Account of plague administration in the Bombay Presidency from September 1896 till May 1897
Year: 1896
Disease focus: Plague
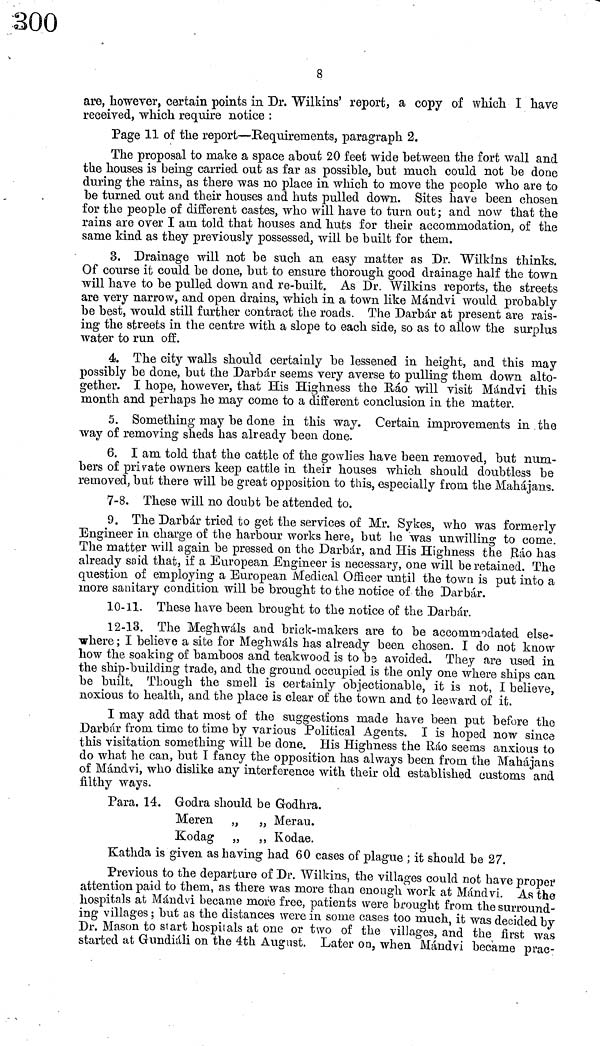
8
are, however, certain points in Dr. Wilkins' report, a copy of which I have
received, which require notice :
Page 11 of the report—Requirements, paragraph 2.
The proposal to make a space ahout 20 feet wide between the fort wall and
the houses is being carried out as far as possible, but much could not be done
during the rains, as there was no place in which to move the people who are to
be turned out and their houses and huts pulled down. Sites have been chosen
for the people of different castes, who will have to turn out; and now that the
rains are over I am told that houses and huts for their accommodation, of the
same kind as they previously possessed, will be built for them.
3. Drainage will not be such an easy matter as Dr. Wilkins thinks.
Of course it could be done, but to ensure thorough good drainage half the town
will have to be pulled down and re-built. As Dr. Wilkins reports, the streets
are very narrow, and open drains, which in a town like Mándvi would probably
be best, would still further contract the roads. The Darbár at present are rais-
ing the streets in the centre with a slope to each side, so as to allow the surplus
water to run off.
4. The city walls should certainly be lessened in height, and this may
possibly be done, but the Darbár seems very averse to pulling them down alto-
gether. I hope, however, that His Highness the Rao will visit Mándvi this
month and perhaps he may come to a different conclusion in the matter.
5. Something may be done in this way. Certain improvements in the
way of removing sheds has already been done.
6. I am told that the cattle of the gowlies have been removed, but num-
bers of private owners keep cattle in their houses which should doubtless be
removed, but there will be great opposition to this, especially from the Mahájans.
7-8. These will no doubt be attended to.
9. The Darbár tried to get the services of Mr. Sykes, who was formerly
Engineer in charge of the harbour works here, but he was unwilling to come.
The matter will again be pressed on the Darbár, and His Highness the Ráo has
already said that, if a European Engineer is necessary, one will be retained. The
question of employing a European Medical Officer until the town is put into a
more sanitary condition will be brought to the notice of the Darbár.
10-11. These have been brought to the notice of the Darbár.
12-13. The Meghwáls and brick-makers are to be accommodated else-
where ; I believe a site for Meghwáls has already been chosen. I do not know
how the soaking of bamboos and teakwood is to bs avoided. They are used in
the ship-building trade, and the ground occupied is the only one where ships can
be built. Though the smell is certainly objectionable, it is not, I believe,
noxious to health, and the place is clear of the town and to leeward of it.
I may add that most of the suggestions made have been put before the
Darbár from time to time by various Political Agents. I is hoped now since
this visitation something will be done. His Highness the Ráo seems anxious to
do what he can, but I fancy the opposition has always been from, the Mahájans
of Mándvi, who dislike any interference with their old established customs and
filthy ways.
Para. 14. Godra should be Godhra.
Meren „ „ Merau.
Kodag „ ,, Kodae.
Kathda is given as having had 60 cases of plague ; it should be 27.
Previous to the departure of Dr. Wilkins, the villages could not have proper
attention paid to them, as there was more than enough "work at Mándvi. As the
hospitals at Mándvi became more free, patients were brought from the surround-
ing villages ; but as the distances were in some cases too much, it was decided by
Dr. Mason to start hospitals at one or two of the villages, and the first was
started at Gundiáli on the 4th August. Later on, when Mándvi became prac-